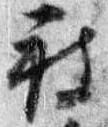
被